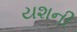
યશની